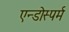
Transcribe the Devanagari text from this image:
एन्डोस्पर्म